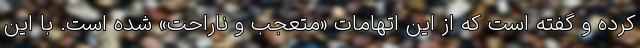
کرده و گفته است که از این اتهامات «متعجب و ناراحت» شده است. با این